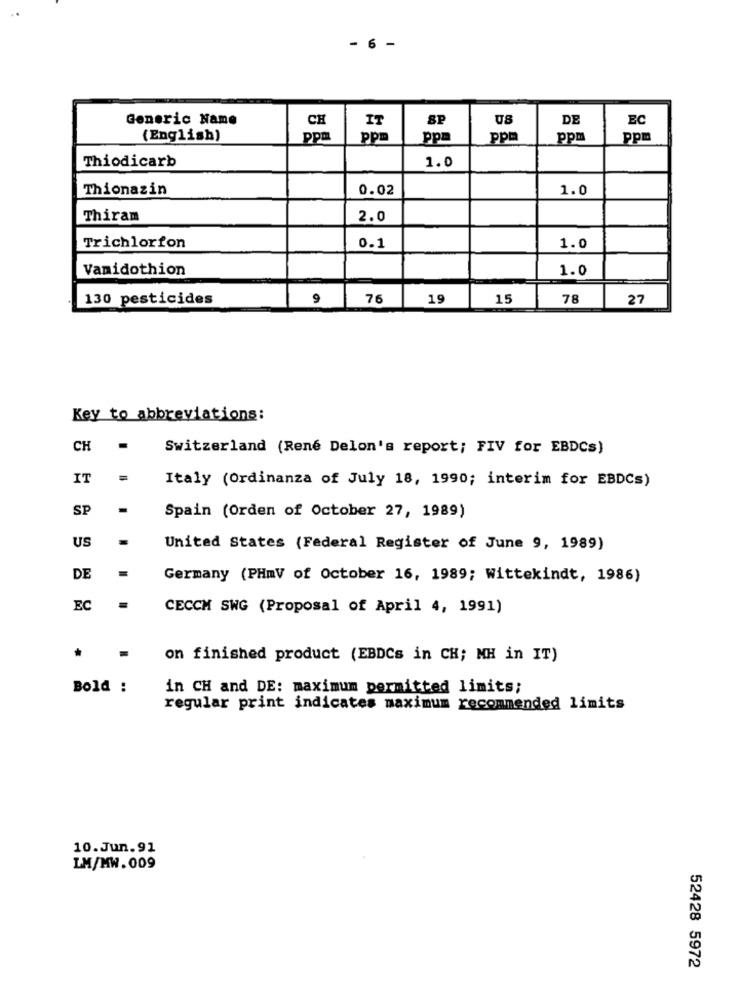
6
Generic Name
CH
SP
DE
EC
IT
(English)
ppm
ppm
pp=
ppm
ppm
ppm
Thiodicarb
1.0
Thionazin
0.02
1.0
Thiram
2.0
Trichlorfon
0.1
1.0
Vamidothion
1.0
130 pesticides
9
76
19
15
78
27
Key to abbreviations:
CH
Switzerland (Rene Delon's report; FIV for EBDCS)
IT
Italy (Ordinanza of July 18, 1990; interim for EBDCs)
SP
Spain (Orden of October 27, 1989)
US
United States (Federal Register of June 9, 1989)
DE
Germany (PHmV of October 16, 1989; Wittekindt, 1986)
EC
CECCM SWG (Proposal of April 4, 1991)
on finished product (EBDCs in CH; MH in IT)
Bold :
in CH and DE: maximum permitted limits;
regular print indicates maximum recommended limits
10.Jun.91
LM/MW.009
52428 5972